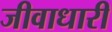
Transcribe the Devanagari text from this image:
जीवाधारी